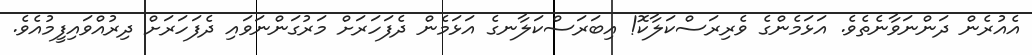
އެއުރެން ދަންނަވާނެތެވެ. އަޅަމެންގެ ވެރިރަސްކަލާކޮ! އިބަރަސްކަލާނގެ އަޅަމެން ދެފަހަރަށް މަރުގަންނަވައި ދެފަހަރަށް ދިރުއްވައިފީމުއެވެ.